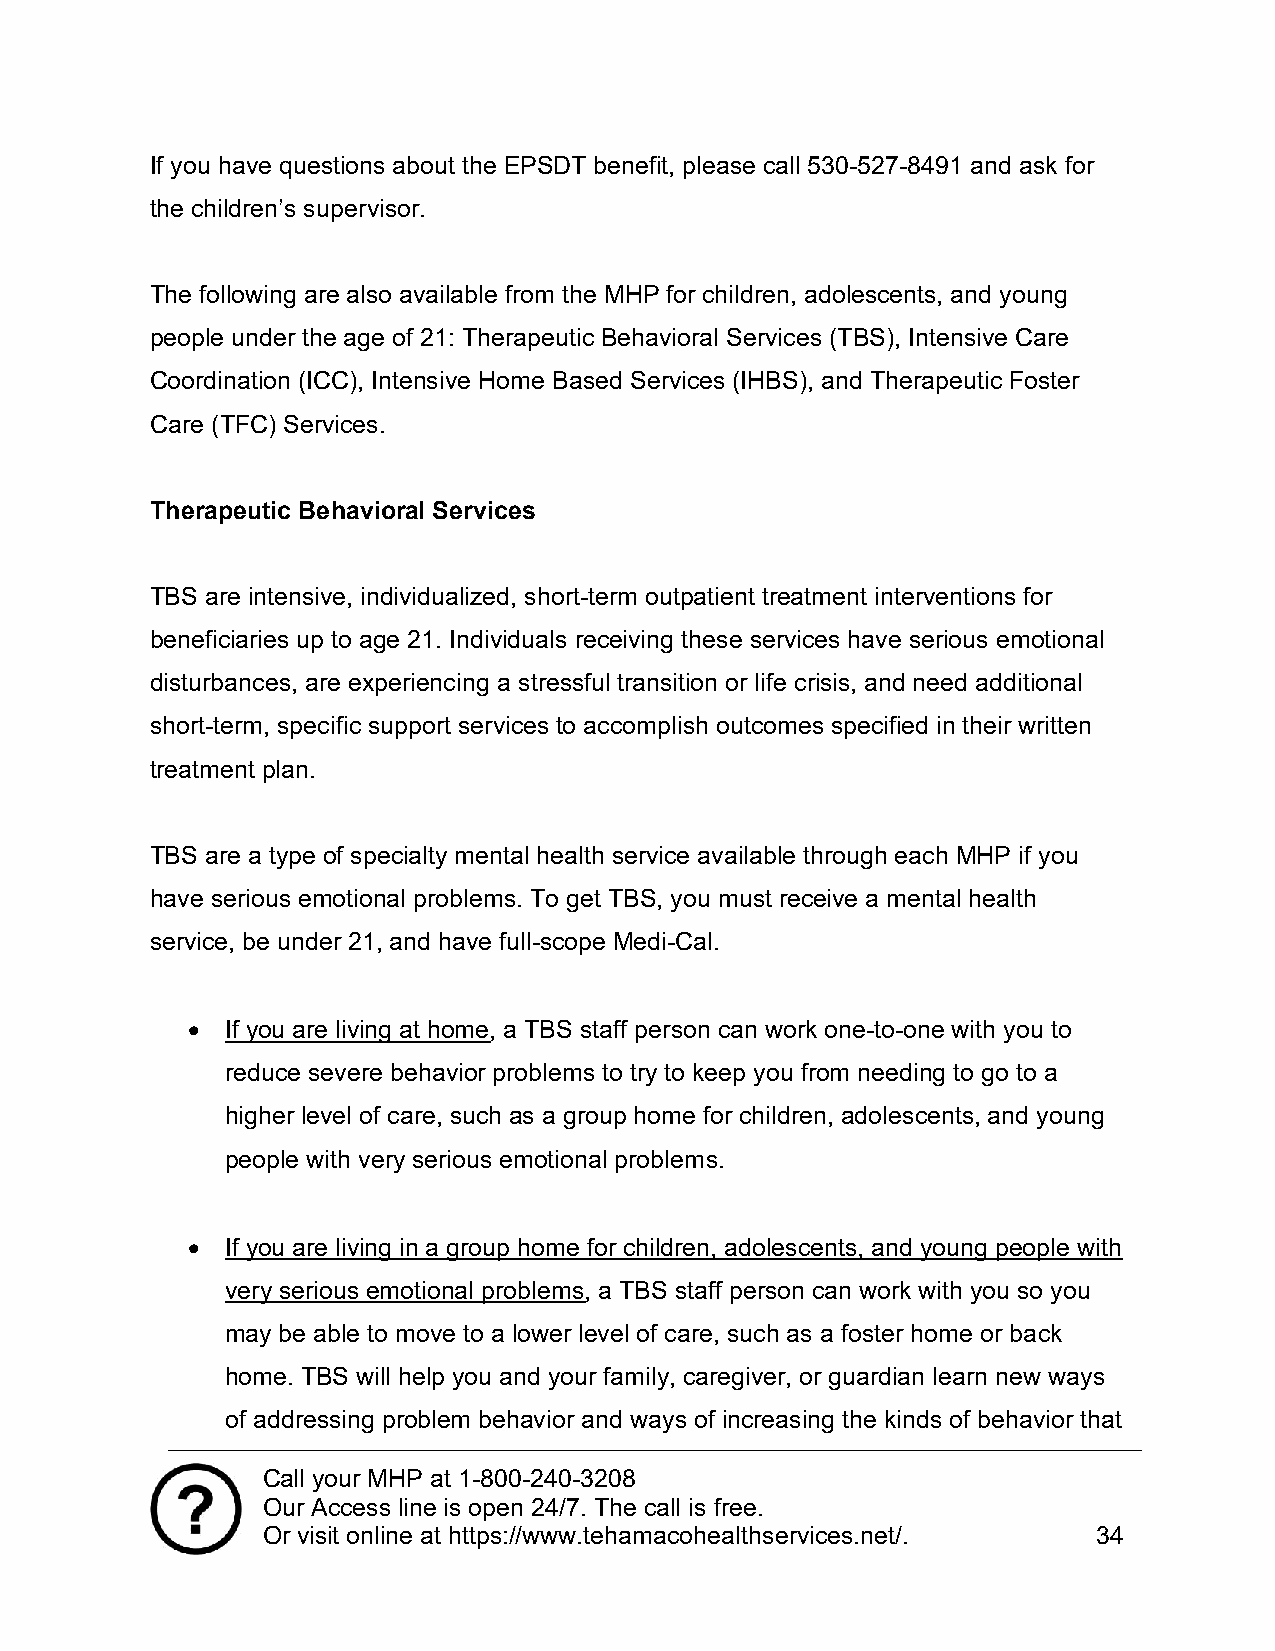
If you have questions about the EPSDT benefit, please call 530-527-8491 and ask for
 the children’s supervisor.
 The following are also available from the MHP for children, adolescents, and young
 people under the age of 21: Therapeutic Behavioral Services (TBS), Intensive Care
 Coordination (ICC), Intensive Home Based Services (IHBS), and Therapeutic Foster
 Care (TFC) Services.
 Therapeutic Behavioral Services
 TBS are intensive, individualized, short-term outpatient treatment interventions for
 beneficiaries up to age 21. Individuals receiving these services have serious emotional
 disturbances, are experiencing a stressful transition or life crisis, and need additional
 short-term, specific support services to accomplish outcomes specified in their written
 treatment plan.
 TBS are a type of specialty mental health service available through each MHP if you
 have serious emotional problems. To get TBS, you must receive a mental health
 service, be under 21, and have full-scope Medi-Cal.
   If you are living at home, a TBS staff person can work one-to-one with you to
 reduce severe behavior problems to try to keep you from needing to go to a
 higher level of care, such as a group home for children, adolescents, and young
 people with very serious emotional problems.
   If you are living in a group home for children, adolescents, and young people with
 very serious emotional problems, a TBS staff person can work with you so you
 may be able to move to a lower level of care, such as a foster home or back
 home. TBS will help you and your family, caregiver, or guardian learn new ways
 of addressing problem behavior and ways of increasing the kinds of behavior that
 Call your MHP at 1-800-240-3208
 Our Access line is open 24/7. The call is free.
 Or visit online at https://www.tehamacohealthservices.net/. 34